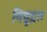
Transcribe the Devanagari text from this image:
विद्युद्वल